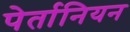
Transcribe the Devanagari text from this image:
पेर्तानियन